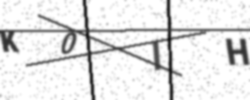
Text: K0IH